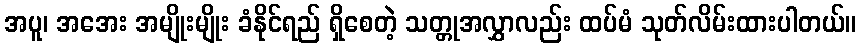
အပူ၊ အအေး အမျိုးမျိုး ခံနိုင်ရည် ရှိစေတဲ့ သတ္တုအလွှာလည်း ထပ်မံ သုတ်လိမ်းထားပါတယ်။